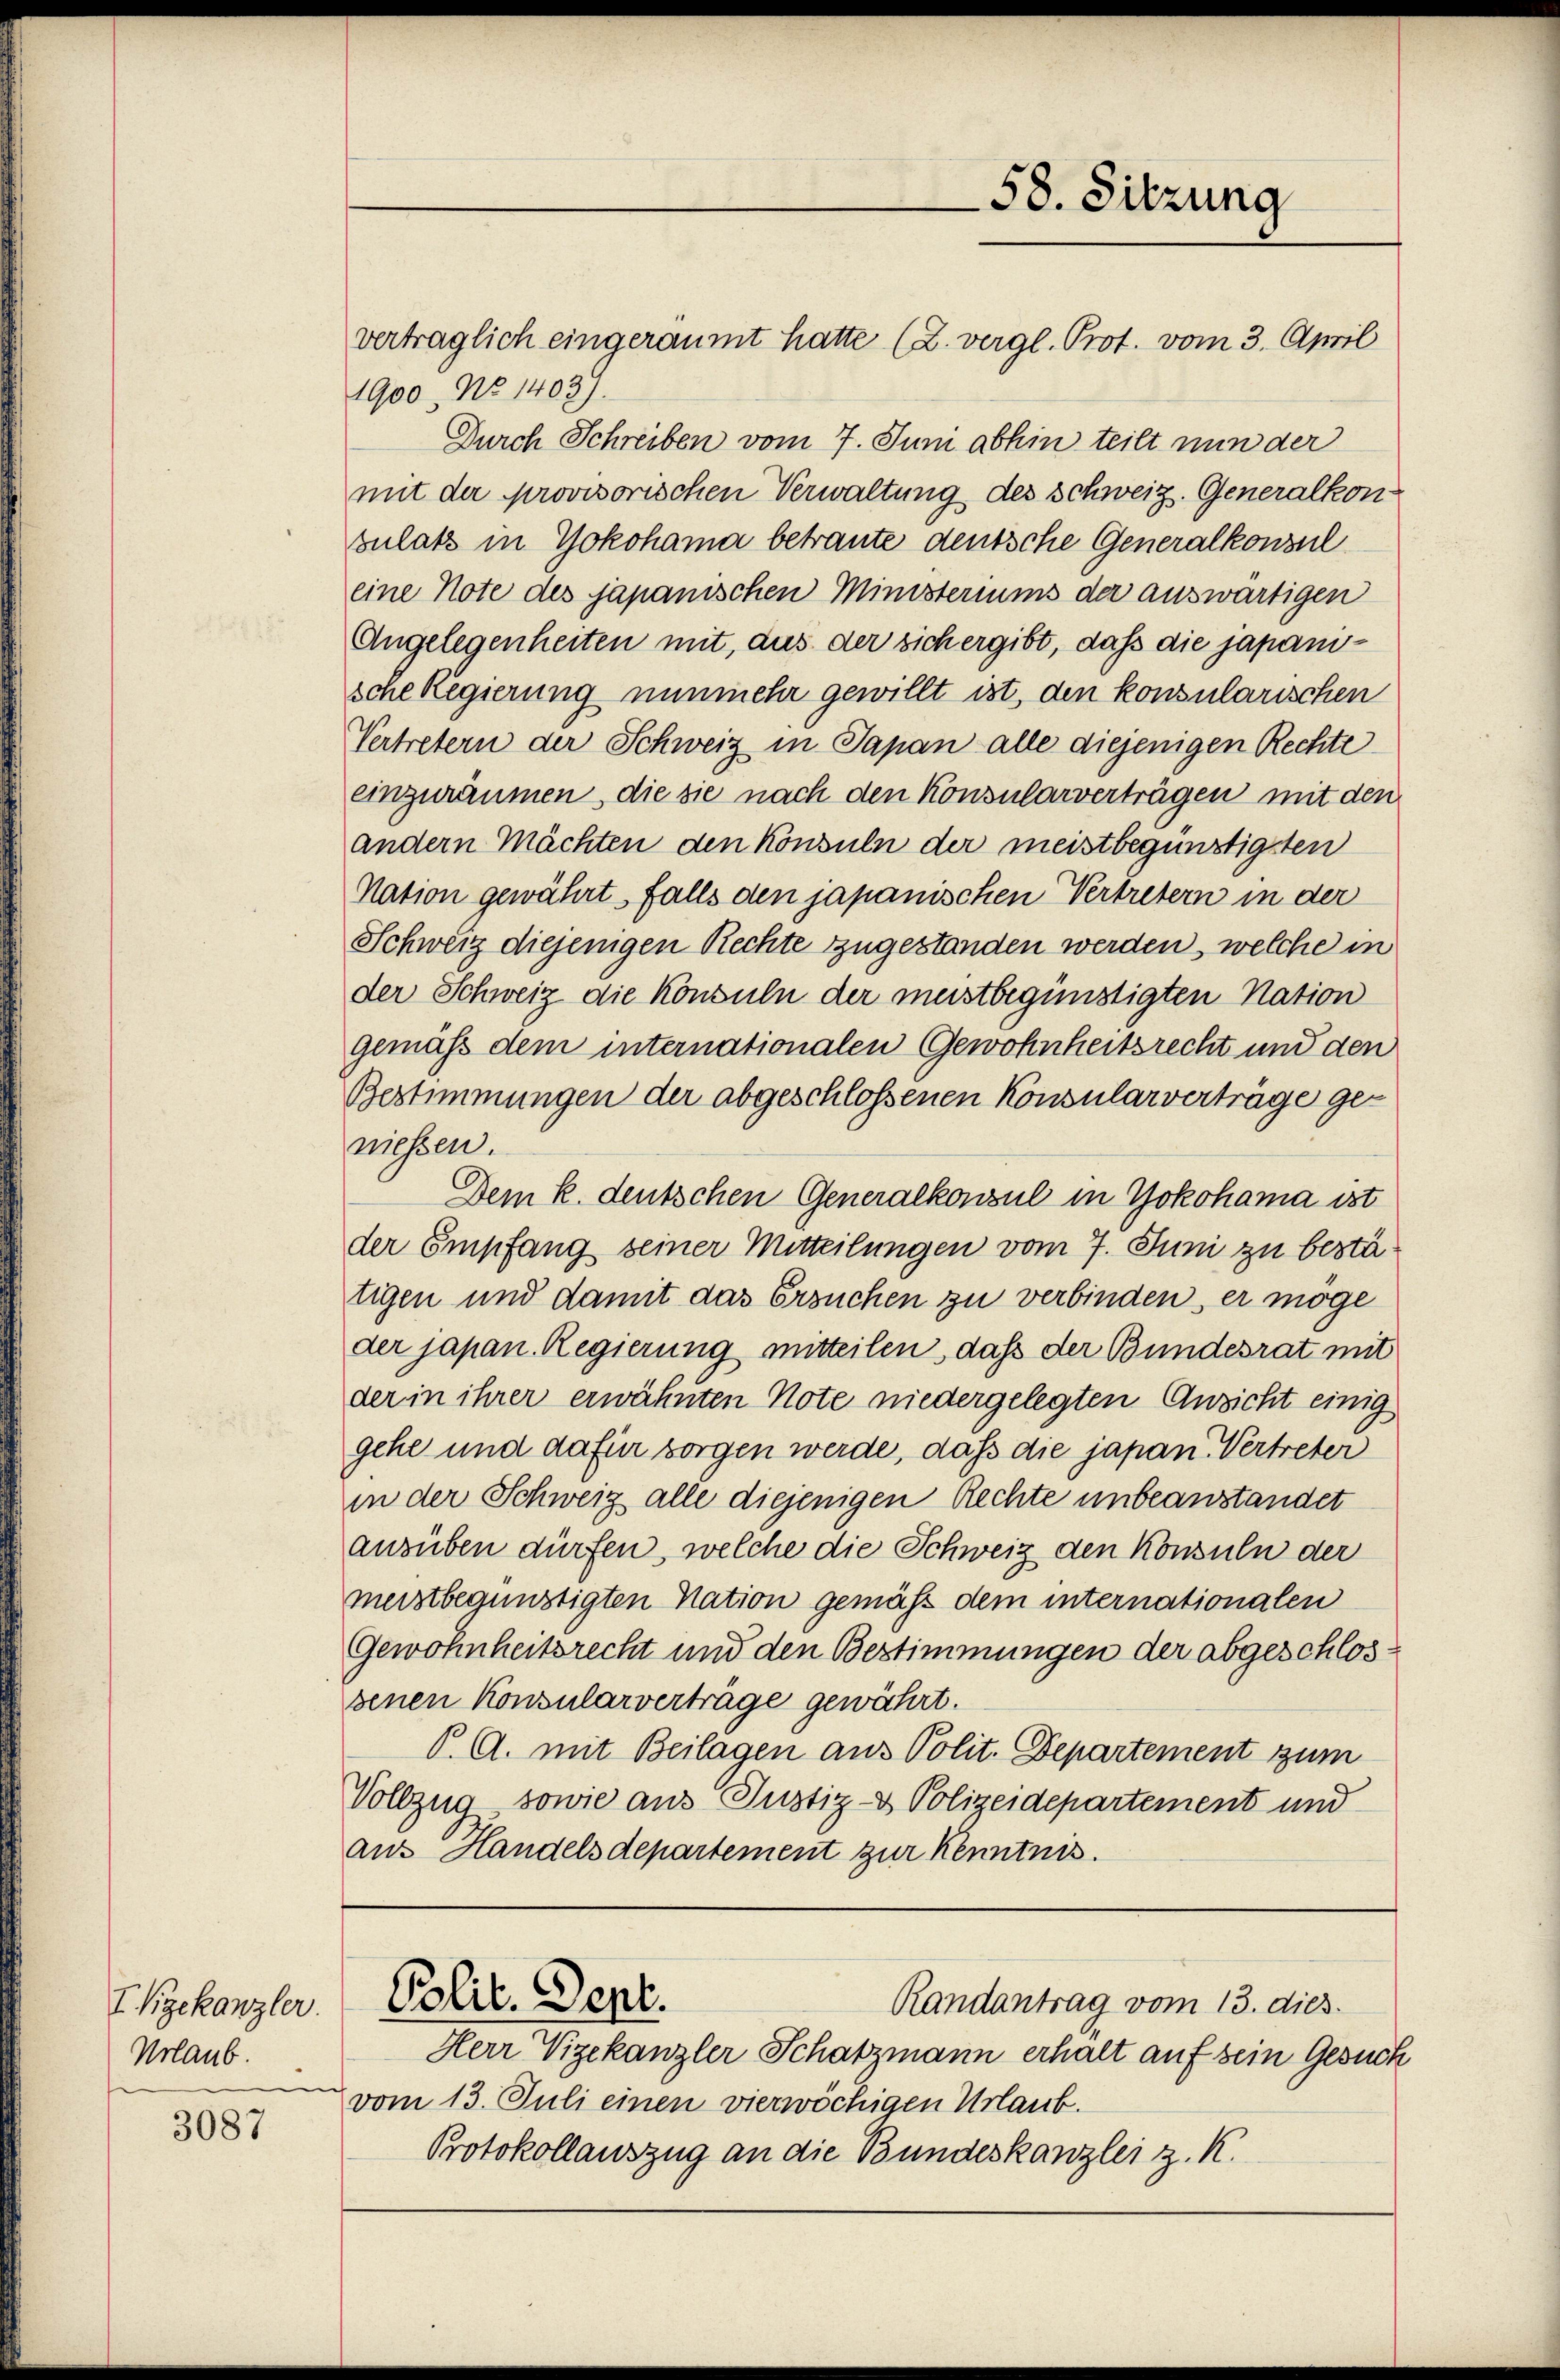
IVgekanzler.
Urlaub.

3087

vertraglich eingeräumt hatte (Z. vergl. Prot. vom 3. April
1900. No 1403).
Durch Schreiben vom 7. Juni abhin teilt nun der
mit der provisorischen Verwaltung des Schweiz. Generalkon-
zulas in Yokohama betraute deutsche Generalkonsul
eine Note des japanischen Ministeriums der auswärtigen
Angelegenheiten mit, das der sich ergibt, daß die japanische Regierung nunmehr gewillt ist, den konsularischen
Vertretern der Schweiz in Papan alle diejenigen Rechte
einzuräumen, die sie nach den Konsularverträgen mit den
andern Mächten den Konsuln der meistbegünstigsten
Nation gewährt, falls den japanischen Vertretern in der
Schweiz diejenigen Rechte zugestanden werden, welche in
der Schweiz die Konsuln der meistbegünstigten Nation
gemäß dem internationalen Gewohnheitsrecht und den
Bestimmungen der abgeschlossenen Konsularverträge geniessen.
Dem k. deutschen Generalkonsul in Yokohama ist
der Empfang seiner Mitteilungen vom 7. Juni zu bestätigen und damit das Ersuchen zu verbinden, er möge
der japan Regierung mitteilen, daß der Bundesrat mit
der in ihrer erwähnten Note niedergelegten Ansicht einig
gehe und dafür sorgen werde, daß die japan Vertreter
in der Schweiz alle diejenigen Rechte unbeanstandet
ausüben dürfen, welche die Schweiz den Konsuln der
meistbegünstigten Nation gemäß dem internationalen
Gewohnheitsrecht und den Bestimmungen der abgeschlosbenen Konsularverträge gewährt.
P. A. mit Beilagen aus Polit. Departement zum
Vollzug sowie aus Justiz- & Polizeidepartement und
aus Handelsdepartement zur Kenntnis.

Polit. Sept.

58. Sitzung

Randantrag vom 13. dies

Herr Vizekanzler Schatzmann erhalt auf sein Gesuch
vom 13. Juli einen vierwöchigen Urlaub.
Protokollauszug an die Bundeskanzlei z. K.